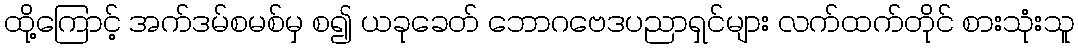
ထို့ကြောင့် အက်ဒမ်စမစ်မှ စ၍ ယခုခေတ် ဘောဂဗေဒပညာရှင်များ လက်ထက်တိုင် စားသုံးသူ